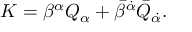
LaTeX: K = \beta ^ { \alpha } Q _ { \alpha } + \bar { \beta } ^ { \dot { \alpha } } \bar { Q } _ { \dot { \alpha } } .